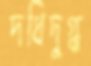
দধিদুগ্ধ